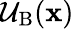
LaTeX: \mathcal{U}_{\mathrm{B}}(\mathbf{x})